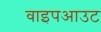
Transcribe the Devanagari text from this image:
वाइपआउट